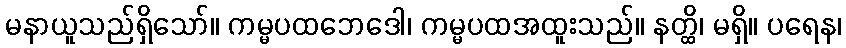
မနာယူသည်ရှိသော်။ ကမ္မပထဘေဒေါ၊ ကမ္မပထအထူးသည်။ နတ္ထိ၊ မရှိ။ ပရေန၊